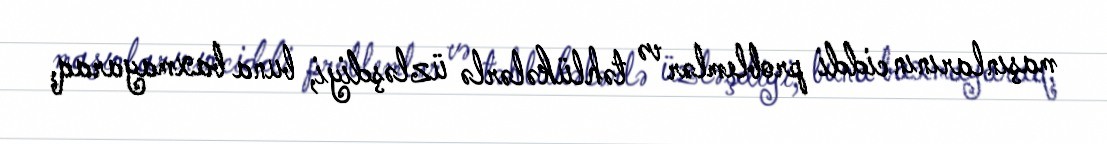
maşınlarının ciddi problemlər və təhlükələrlə üzləşdiyi, buna baxmayaraq,